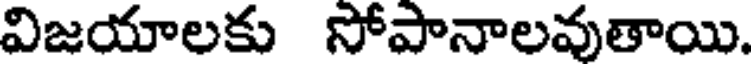
విజయాలకు సోపానాలవుతాయి.